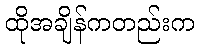
ထိုအချိန်ကတည်းက